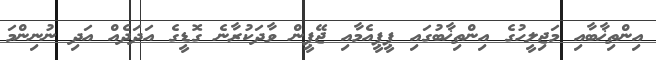
އިންތިޚާބާއި މަޖިލީހުގެ އިންތިޚާބުގައި ޕީޕީއެމާއި ޖޭޕީން ވާދަކުރާނެ ގޮޑީގެ އަދަދެއް އަދި ނުނިންމަ